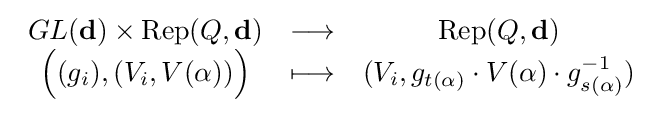
{\begin{array}{ccc}GL(\mathbf {d} )\times \operatorname {Rep} (Q,\mathbf {d} )&\longrightarrow &\operatorname {Rep} (Q,\mathbf {d} )\\{\Big (}(g_{i}),(V_{i},V(\alpha )){\Big )}&\longmapsto &(V_{i},g_{t(\alpha )}\cdot V(\alpha )\cdot g_{s(\alpha )}^{-1})\end{array}}